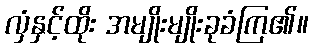
လှံနှင့်ထိုး အမျိုးမျိုးခုခံကြ၏။